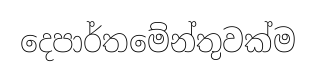
දෙපාර්තමේන්තුවක්ම